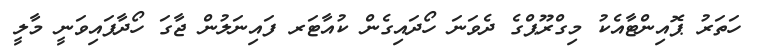
ހަތަރު ޕޮއިންޓާއެކު މިގްރޫޕްގެ ދެވަނަ ހޯދައިގެން ކުއާޓަރ ފައިނަލުން ޖާގަ ހޯދާފައިވަނީ މާލީ